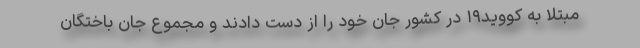
مبتلا به کووید۱۹ در کشور جان خود را از دست دادند و مجموع جان باختگان